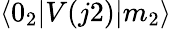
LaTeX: \langle 0_{2}|V(j2)|m_{2}\rangle